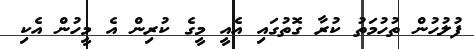
ފުލުހުން ތުހުމަތު ކުރާ ގޮތުގައި އެއީ މީގެ ކުރިން އެ މީހުން އެކި